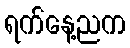
ရက်နေ့ညက